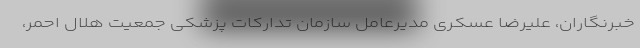
خبرنگاران، علیرضا عسکری مدیرعامل سازمان تدارکات پزشکی جمعیت هلال احمر،